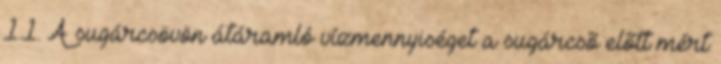
1.1. A sugárcsövön átáramló vízmennyiséget a sugárcsõ elõtt mért